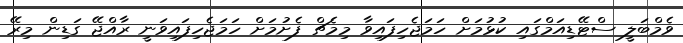
ވެމްބަލީ ސްޓޭޑިއަމްގައި ކުޅުމަށް ހަމަޖެހިފައިވާ މިމެޗް ފެށުމަށް ހަމަޖެހިފައިވަނީ ރާއްޖޭ ގަޑިން މިރޭ